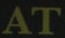
AT